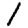
Digit: 1